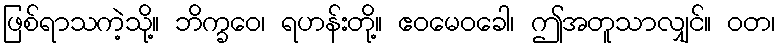
ဖြစ်ရာသကဲ့သို့။ ဘိက္ခဝေ၊ ရဟန်းတို့။ ဧဝမေဝခေါ၊ ဤအတူသာလျှင်။ ဝတ၊